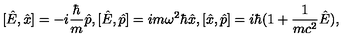
[ \hat { E } , \hat { x } ] = - i \frac { \hbar } { m } \hat { p } , [ \hat { E } , \hat { p } ] = i m \omega ^ { 2 } \hbar \hat { x } , [ \hat { x } , \hat { p } ] = i \hbar ( 1 + \frac { 1 } { m c ^ { 2 } } \hat { E } ) ,